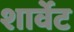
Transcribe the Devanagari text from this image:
शार्वेट